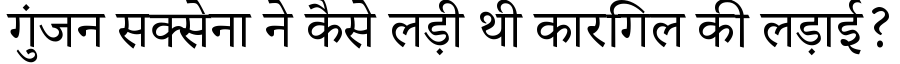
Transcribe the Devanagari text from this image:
गुंजन सक्सेना ने कैसे लड़ी थी कारगिल की लड़ाई?